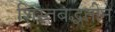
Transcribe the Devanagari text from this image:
शिस्तबद्धतीने